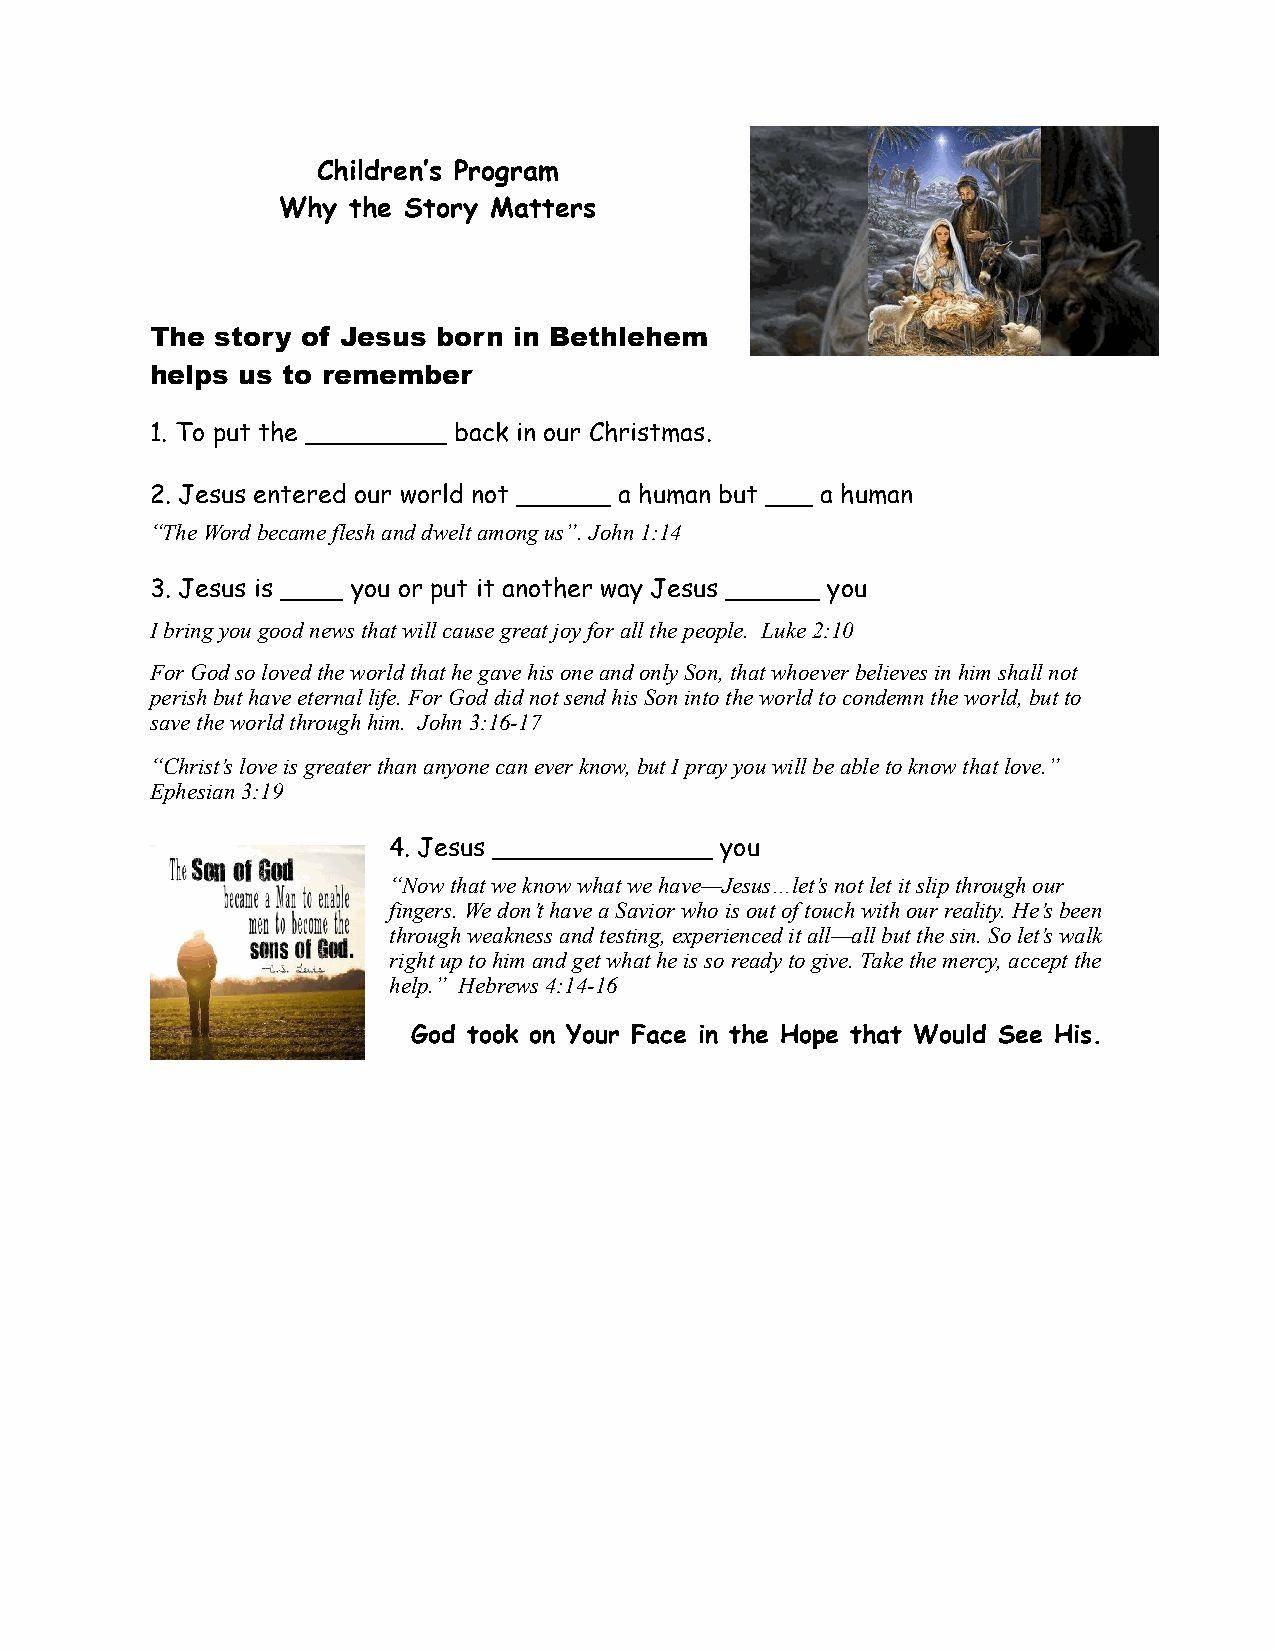
Children’s Program
 Why  the Story Matters
 The story of Jesus born in Bethlehem
 helps us to remember
 1. To put the _________ back in our Christmas.
 2. Jesus entered our world not ______ a human but ___ a human
 “The Word became flesh and dwelt among us”. John 1:14
 3. Jesus is ____ you or put it another way Jesus ______ you
 I bring you good news that will cause great joy for all the people. Luke 2:10
 For God so loved the world that he gave his one and only Son, that whoever believes in him shall not
 perish but have eternal life. For God did not send his Son into the world to condemn the world, but to
 save the world through him. John 3:16-17
 “Christ’s love is greater than anyone can ever know, but I pray you will be able to know that love.”
 Ephesian 3:19
 4. Jesus ______________ you
 “Now that we know what we have—Jesus…let’s not let it slip through our
 fingers. We don’t have a Savior who is out of touch with our reality. He’s been
 through weakness and testing, experienced it all—all but the sin. So let’s walk
 right up to him and get what he is so ready to give. Take the mercy, accept the
 help.” Hebrews 4:14-16
 God took on Your Face in the Hope that Would See His.